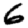
Digit: 6